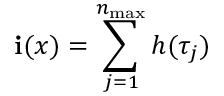
\mathbf { i } ( x ) = \sum _ { j = 1 } ^ { n _ { \operatorname* { m a x } } } h ( \tau _ { j } )